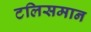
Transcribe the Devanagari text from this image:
टलिसमान